Report of the King Institute of Preventive Medicine, Guindy
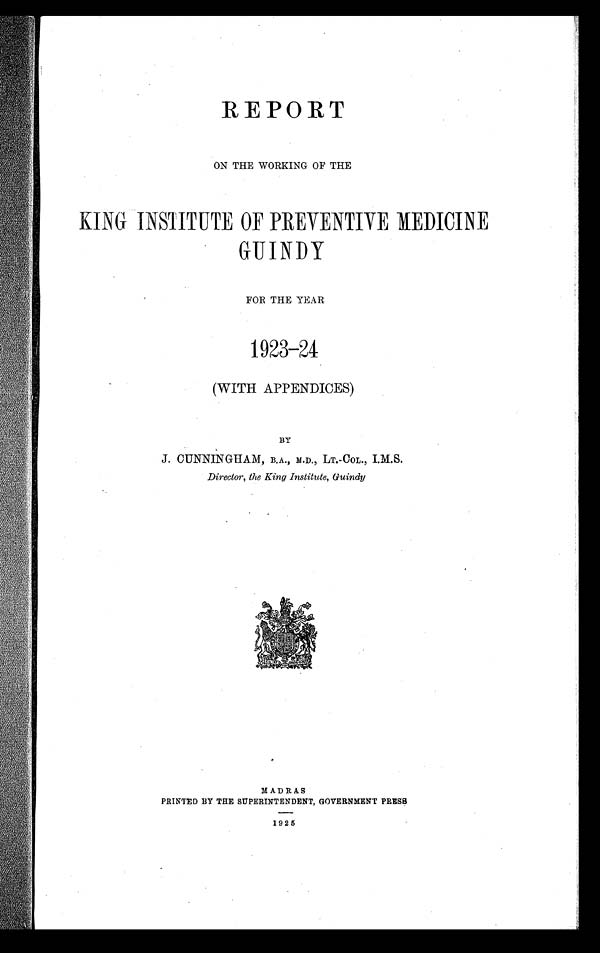
REPORT
ON THE WORKING OF THE
KING INSTITUTE OF PREVENTIVE MEDICINE
GUINDY
FOR THE YEAR
1923-24
(WITH APPENDICES)
BY
J. CUNNINGHAM, B.A., M.D., LT.-COL., I.M.S.
Director, the King Institute, Guindy
MADRAS
PRINTED BY THE SUPERINTENDENT, GOVERNMENT PRESS
1925